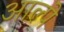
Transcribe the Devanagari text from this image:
आल्पे